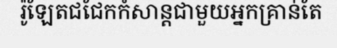
រ៉ូឡែតជជែកកំសាន្តជាមួយអ្នកគ្រាន់តែ